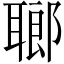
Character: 𦗏